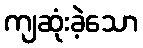
ကျဆုံးခဲ့သော